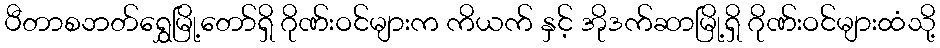
ပီတာစဘတ်ရွှေမြို့တော်ရှိ ဂိုဏ်းဝင်များက ကိယက် နှင့် အိုဒက်ဆာမြို့ရှိ ဂိုဏ်းဝင်များထံသို့